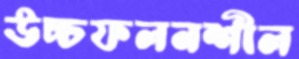
উচ্চফলনশীল